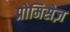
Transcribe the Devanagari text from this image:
प्रोमिसेज़